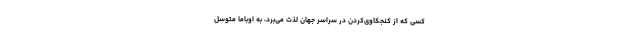
کسی که از کنجکاوی‌کردن در سراسر جهان لذت می‌برد، به اوباما متوسل